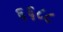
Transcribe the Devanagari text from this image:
६६८८